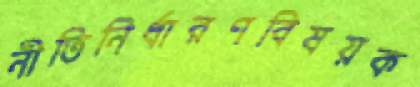
নীতিনির্ধারণবিষয়ক